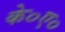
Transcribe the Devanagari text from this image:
के०ए०